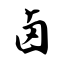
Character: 卤